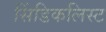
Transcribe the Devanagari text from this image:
सिंडिकलिस्ट